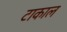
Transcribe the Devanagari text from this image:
टाकाल